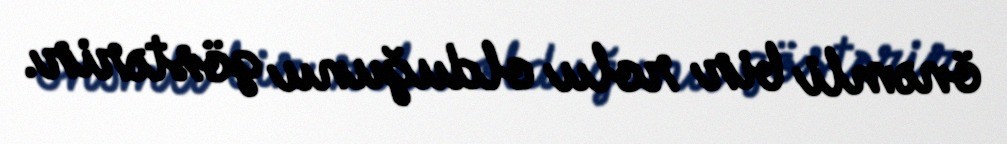
önəmli bir rolu olduğunu göstərir.